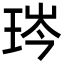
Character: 琌